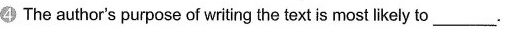
The author's purpose of writng the text is most likely to___.